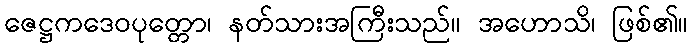
ဇေဋ္ဌကဒေဝပုတ္တော၊ နတ်သားအကြီးသည်။ အဟောသိ၊ ဖြစ်၏။